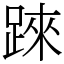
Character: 𨂐